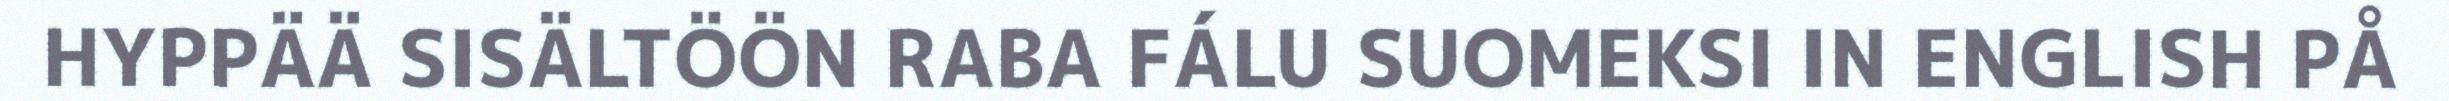
HYPPÄÄ SISÄLTÖÖN RABA FÁLU SUOMEKSI IN ENGLISH PÅ